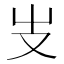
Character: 𠬢